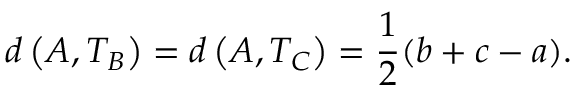
d \left( A , T _ { B } \right) = d \left( A , T _ { C } \right) = { \frac { 1 } { 2 } } ( b + c - a ) .